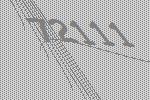
72111